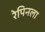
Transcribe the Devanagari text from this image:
रेपिनला